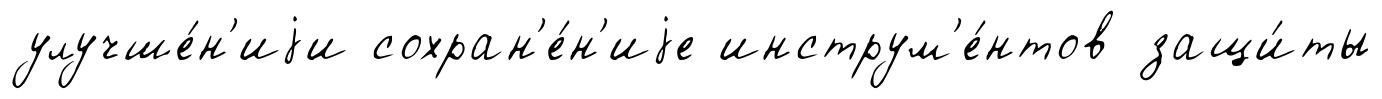
улучше́н'иjи сохран'е́н'иjе инструм'е́нтов защи́ты